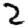
Digit: 2